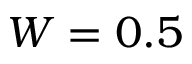
W = 0 . 5